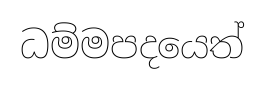
ධම්මපදයෙත්